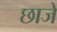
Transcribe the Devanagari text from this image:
छाजे